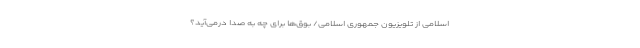
اسلامی از تلویزیون جمهوری اسلامی/ بوق‌ها برای چه به صدا درمی‌آید؟